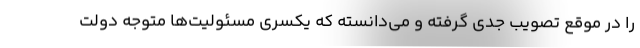
را در موقع تصویب جدی گرفته و می‌دانسته که یکسری مسئولیت‌ها متوجه دولت